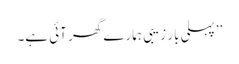
’’پہلی بار زیبی ہمارے گھر آئی ہے۔